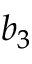
b _ { 3 }